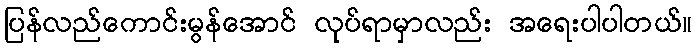
ပြန်လည်ကောင်းမွန်အောင် လုပ်ရာမှာလည်း အရေးပါပါတယ်။